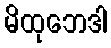
မိထုဘေဒါ